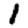
Digit: 1